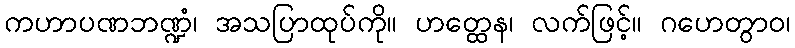
ကဟာပဏဘဏ္ဍံ၊ အသပြာထုပ်ကို။ ဟတ္ထေန၊ လက်ဖြင့်။ ဂဟေတွာဝ၊